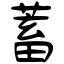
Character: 蓄